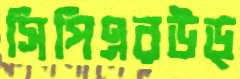
সিপিএরউড্